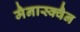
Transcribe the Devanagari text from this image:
मैनास्क्वैन